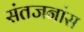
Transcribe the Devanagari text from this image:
संतजनांस